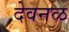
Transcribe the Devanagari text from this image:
देवनळ